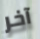
آخر